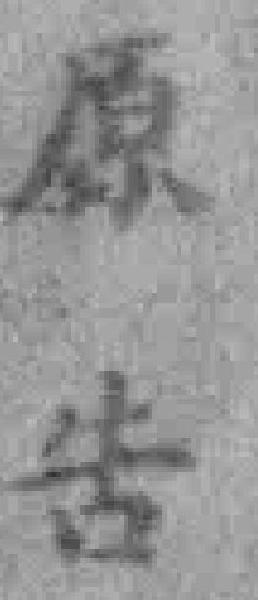
原告